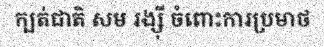
ក្បត់ជាតិ សម រង្ស៊ី ចំពោះការប្រមាថ